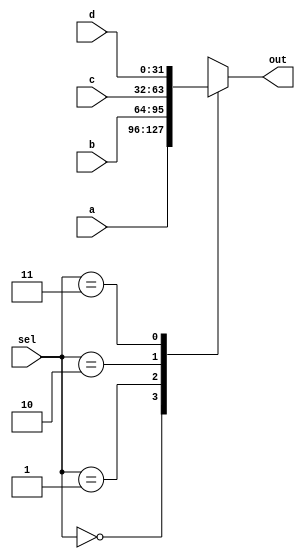
// Code your design here
module mux ( input [31:0] a,                 // 4-bit input called a
                       input [31:0] b,                 // 4-bit input called b
                       input [31:0] c,                 // 4-bit input called c
                       input [31:0] d,                 // 4-bit input called d
                       input [1:0] sel,               // input sel used to select between a,b,c,d
                       output reg [31:0] out);             // 4-bit output based on input sel

   // This always block gets executed whenever a/b/c/d/sel changes value
   // When that happens, based on value in sel, output is assigned to either a/b/c/d
   always @ (a or b or c or d or sel) begin
      case (sel) // synopsys infer_mux
         2'b00 : out <= a;
         2'b01 : out <= b;
         2'b10 : out <= c;
         2'b11 : out <= d;
      endcase
   end
endmodule